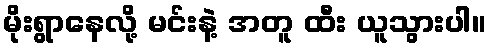
မိုးရွာနေလို့ မင်းနဲ့ အတူ ထီး ယူသွားပါ။